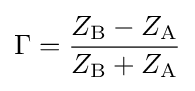
{\Gamma ={{Z_{\mathrm {B} }-Z_{\mathrm {A} }} \over {Z_{\mathrm {B} }+Z_{\mathrm {A} }}}}